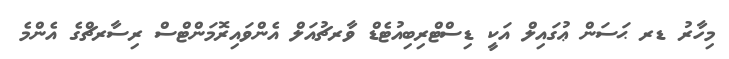
މިހާރު ޑރ ޙަސަން ޢުގައިލް އަކީ ޑިސްޓްރިބިއުޓެޑް ވާރޗުއަލް އެންވައިރޮމަންޓްސް ރިސާރޗްގެ އެންމެ